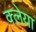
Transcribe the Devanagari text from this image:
क्लेया